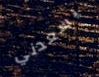
يسعدني